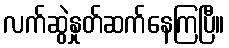
လက်ဆွဲနှုတ်ဆက်နေကြပြီ။